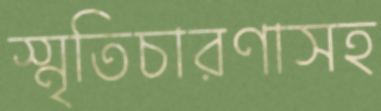
স্মৃতিচারণাসহ